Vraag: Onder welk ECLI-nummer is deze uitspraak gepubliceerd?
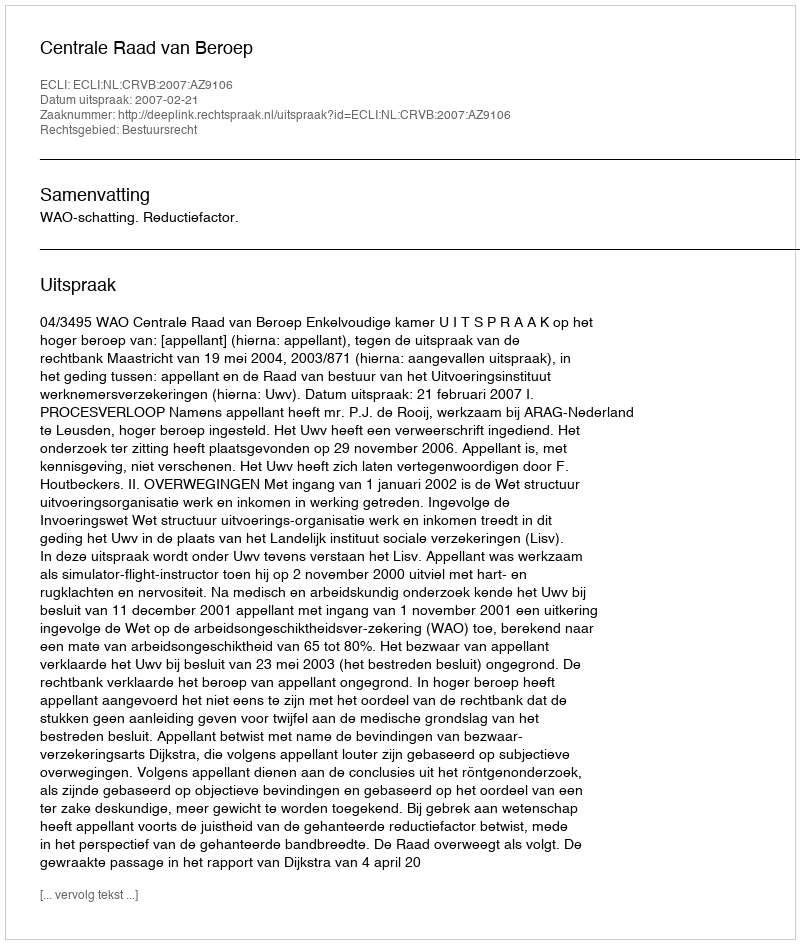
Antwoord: ECLI:NL:CRVB:2007:AZ9106